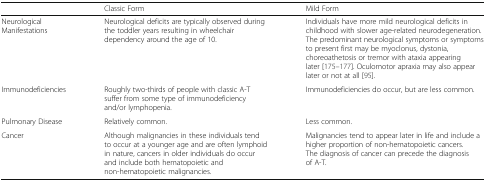
|  | Classic Form | Mild Form |
 | --- | --- | --- |
 | NeurologicalManifestations | Neurological deficits are typically observed during the toddler years resulting in wheelchair dependency around the age of 10. | Individuals have more mild neurological deficits in childhood with slower age-related neurodegeneration. The predominant neurological symptoms or symptoms to present first may be myoclonus, dystonia, choreoathetosis or tremor with ataxia appearing later [175–177]. Oculomotor apraxia may also appear later or not at all [95]. |
 | Immunodeficiencies | Roughly two-thirds of people with classic A-T suffer from some type of immunodeficiency and/or lymphopenia. | Immunodeficiencies do occur, but are less common. |
 | Pulmonary Disease | Relatively common. | Less common. |
 | Cancer | Although malignancies in these individuals tend to occur at a younger age and are often lymphoid in nature, cancers in older individuals do occur and include both hematopoietic and non-hematopoietic malignancies. | Malignancies tend to appear later in life and include a higher proportion of non-hematopoietic cancers. The diagnosis of cancer can precede the diagnosis of A-T. |